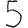
Digit: 5